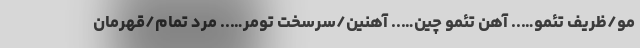
مو/ظریف تئمو….. آهن تئمو چین….. آهنین/سرسخت تومر….. مرد تمام/قهرمان